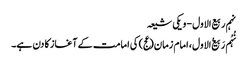
نہم ربیع الاول - ویکی شیعہ
نُہُم رَبیع‌ُالاول، امام زمان(عج) کی امامت کے آغاز کا دن ہے۔